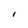
Character: I